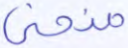
منحنى